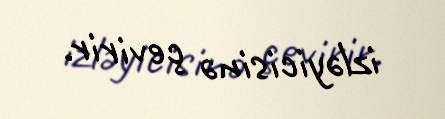
izləyicisinə çevirir.